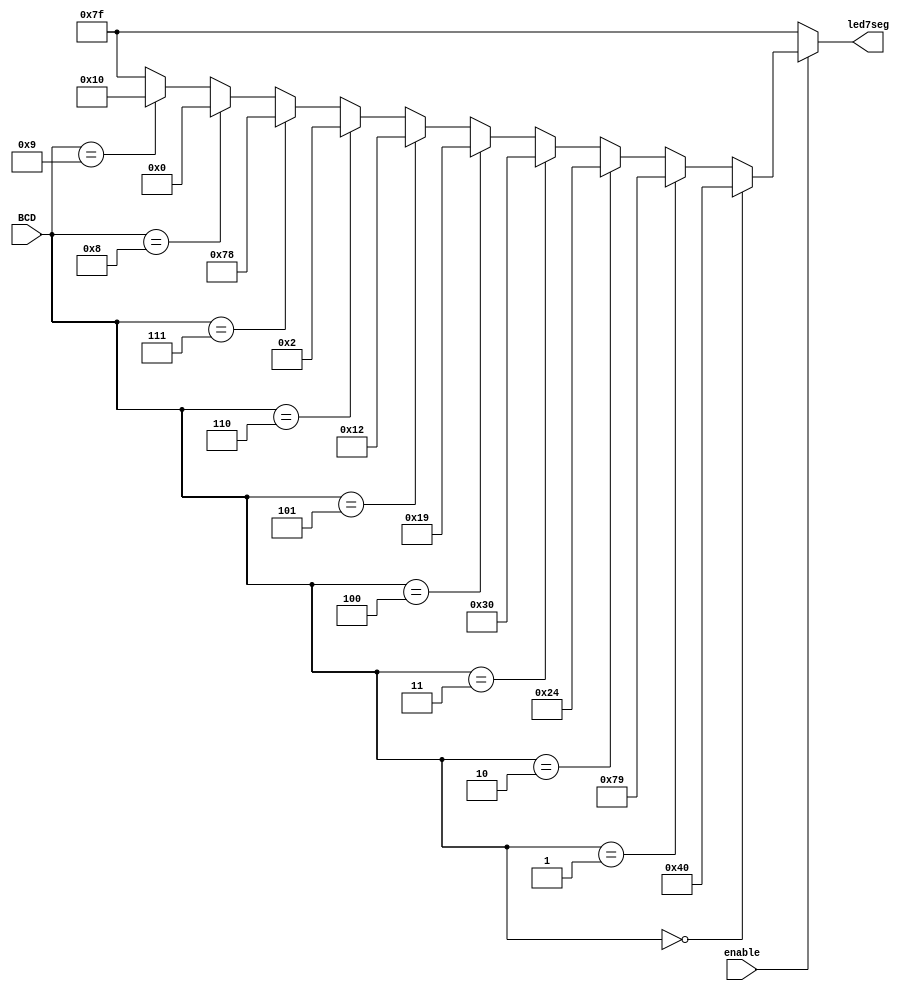
module led7seg(output [6:0] led7seg,input enable, input [3:0] BCD );
	wire [6:0] w_out;
	assign led7seg[6:0] = (enable == 1'b1)?w_out[6:0]:7'b111_1111;
	assign w_out[6:0] = (BCD == 4'd0)?7'b100_0000:
							(BCD == 4'd1)?7'b111_1001:
							(BCD == 4'd2)?7'b010_0100:
							(BCD == 4'd3)?7'b011_0000:
							(BCD == 4'd4)?7'b001_1001:
							(BCD == 4'd5)?7'b001_0010:
							(BCD == 4'd6)?7'b000_0010:
							(BCD == 4'd7)?7'b111_1000:
							(BCD == 4'd8)?7'b000_0000:
							(BCD == 4'd9)?7'b001_0000:7'b111_1111;
endmodule